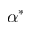
\alpha ^ { * }